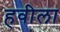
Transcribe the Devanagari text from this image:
हवीला